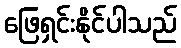
ဖြေရှင်းနိုင်ပါသည်